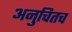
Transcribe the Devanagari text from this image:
अनुचितच